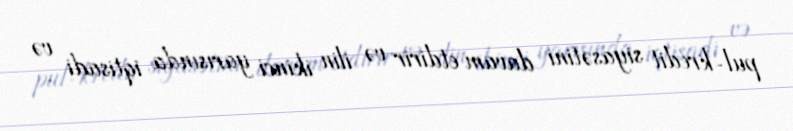
pul-kredit siyasətini davam etdirir və ilin ikinci yarısında iqtisadi və